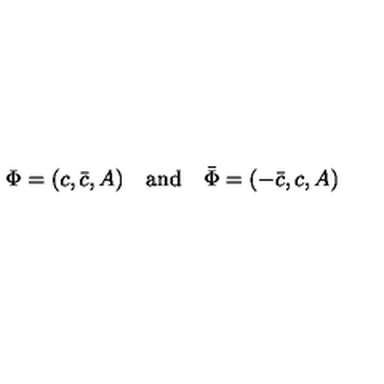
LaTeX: \Phi = ( c , \bar { c } , A ) \quad \mathrm { a n d } \quad \bar { \Phi } = ( - \bar { c } , c , A )